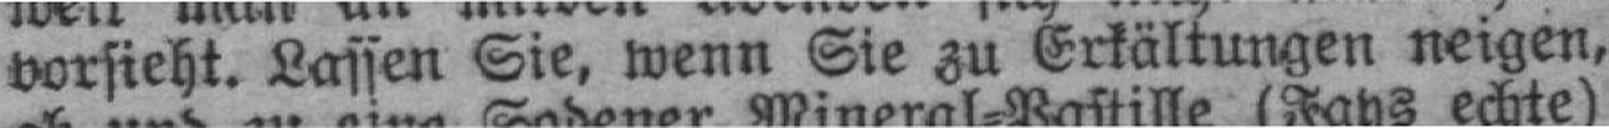
vorsieht. Lassen Sie, wenn Sie zu Erkältungen neigen,